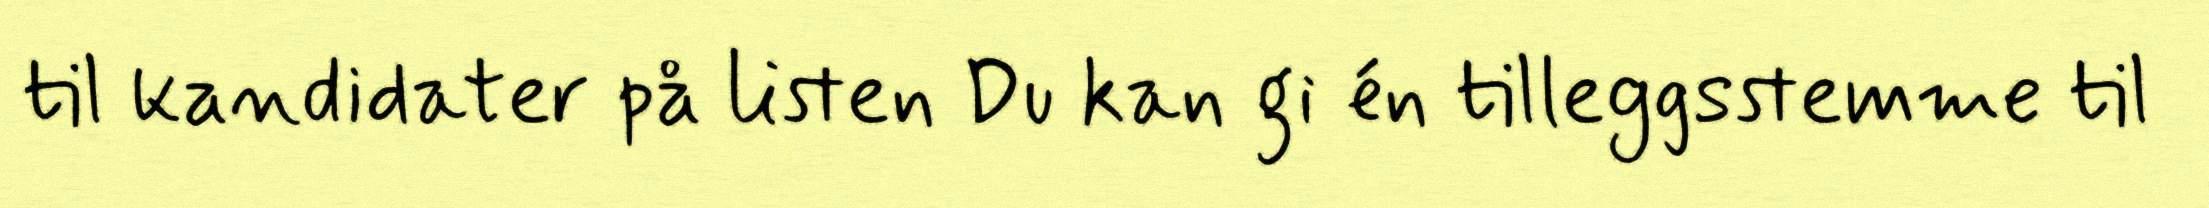
til kandidater på listen Du kan gi én tilleggsstemme til